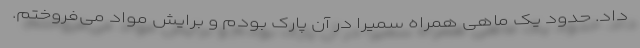
داد. حدود یک ماهی همراه سمیرا در آن پارک بودم و برایش مواد می‌فروختم.